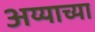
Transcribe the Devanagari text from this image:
अय्याच्या